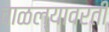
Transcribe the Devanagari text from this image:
वाळल्यावरती